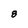
Character: 8